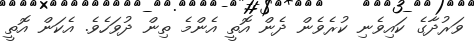
ވަރުދާގެ ކައިވެނި ކުރެވެން ދެން އޮތީ އެންމެ ތިން ދުވަހެވެ. އެކަން އޮތީ